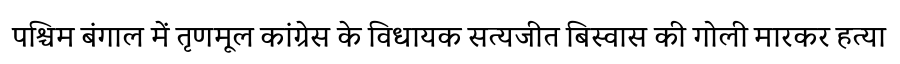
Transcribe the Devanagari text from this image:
पश्चिम बंगाल में तृणमूल कांग्रेस के विधायक सत्यजीत बिस्वास की गोली मारकर हत्या